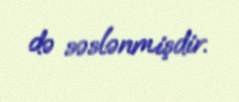
də səslənmişdir.